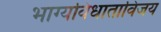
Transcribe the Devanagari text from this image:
भाग्यविधाताविजय